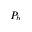
P _ { b }